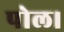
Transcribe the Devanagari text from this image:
पोल।